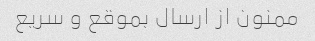
ممنون از ارسال بموقع و سریع